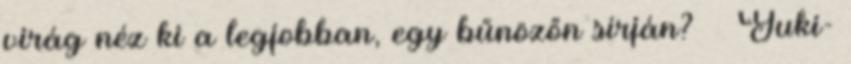
virág néz ki a legjobban, egy bűnözőn sírján? Yuki-